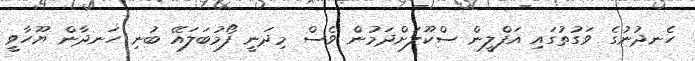
ހެނދުނުގެ ވަގުތުގައި އަފްލީން ސްކޫލަށްދަމުން ވެސް މިދަނީ ފޯމުބަލައޭ ބުނި ހަނދާން ޔޫހާވީ